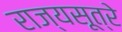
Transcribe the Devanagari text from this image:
राज्यसूत्रे